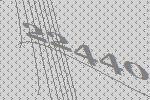
22440